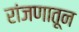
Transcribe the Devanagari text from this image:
रांजणातून